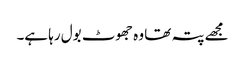
مجھے پتہ تھا وہ جھوٹ بول رہا ہے۔